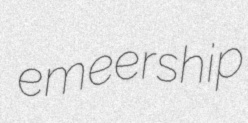
emeership